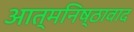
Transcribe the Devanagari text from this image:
आत्मनिष्ठावाद